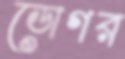
ডোগর